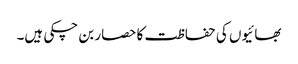
بھائیوں کی حفاظت کا حصار بن چکی ہیں۔